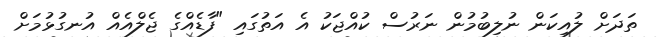
ތަދަށް ލުއިކަން ނުލިބުމުން ނަރުސް ކުއްޖަކު އެ އަތުގައި "ފާޑެއްގެ ޖެލްއެއް އުނގުޅުމަށް